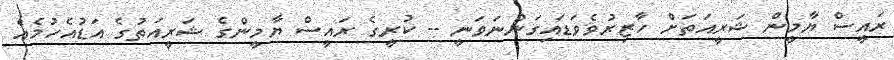
ރައީސް ޔާމީން ޝަރީއަތަށް ހާޒިރުވެވަޑައިގަންނަވަނީ -- ކުރީގެ ރައީސް ޔާމީންގެ ޝަރީއަތުގެ އަޑުއެހުމެއް